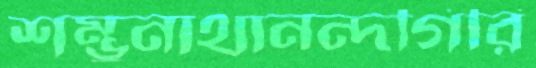
শম্ভুনাথানন্দগিরি